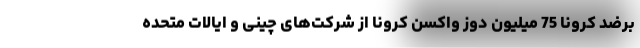
برضد کرونا 75 میلیون دوز واکسن کرونا از شرکت‌های چینی و ایالات متحده